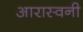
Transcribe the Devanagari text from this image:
आरास्वनी